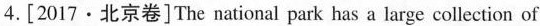
4.[2017·北京卷]The national park has a large collection of